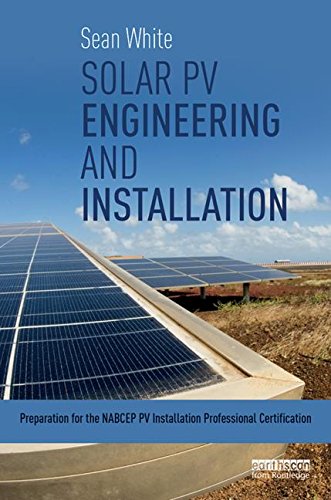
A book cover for Solar PV Engineering and Installation: Preparation for the NABCEP PV Installation Professional Certification; Sean White; Engineering & Transportation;